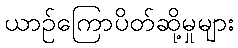
ယာဉ်ကြောပိတ်ဆို့မှုများ